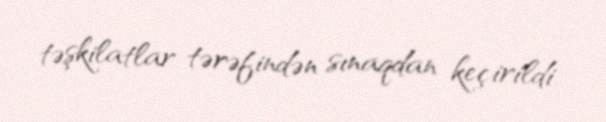
təşkilatlar tərəfindən sınaqdan keçirildi.